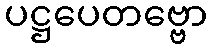
ပဋ္ဌပေတဗ္ဗော